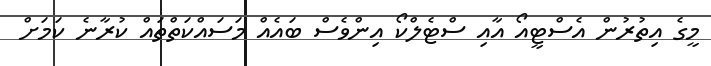
މީގެ އިތުރުން އެސްޓީއޯ އާއި ސްޓެލްކޯ އިންވެސް ބައެއް މަސައްކަތްތައް ކުރާނެ ކަމަށް